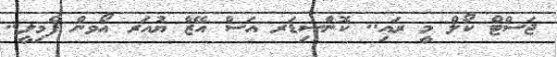
ޖަސްޓް ކޯލް މީ ރައި.. ކޮންސިޑަރ އަސް އޭޒް ޔުއަރ އޯވން ފެމިލީ..